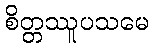
စိတ္တဿူပသမေ